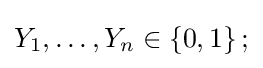
Y_{1},\ldots ,Y_{n}\in \left\{0,1\right\};